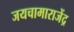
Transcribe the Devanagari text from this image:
जयचामाराजेंद्र